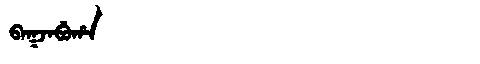
Manchu: ᠪᠠᡴᠵᠠᠪᡠᡥᠠ
Romanization: BAKJABUHA